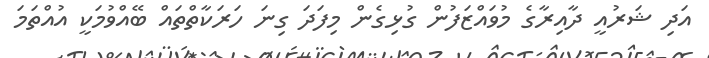
އަދި ޝަރުއީ ދާއިރާގެ މުވައްޒަފުން ގުޅިގެން މިފަދަ ގިނަ ހަރަކާތްތައް ބޭއްވުމަކީ އުއްތަމަ